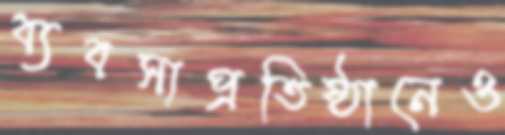
ব্যবসাপ্রতিষ্ঠানেও